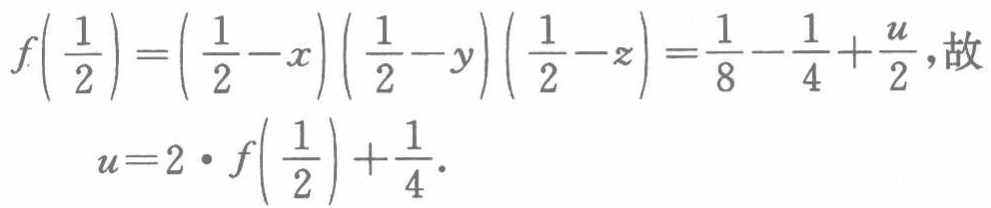
\[
\begin{align*}
f\left(\frac{1}{2}\right)&=\left(\frac{1}{2}-x\right)\left(\frac{1}{2}-y\right)\left(\frac{1}{2}-z\right)=\frac{1}{8}-\frac{1}{4}+\frac{u}{2}, \text{故}\\
u&=2\cdot f\left(\frac{1}{2}\right)+\frac{1}{4}.
\end{align*}
\]